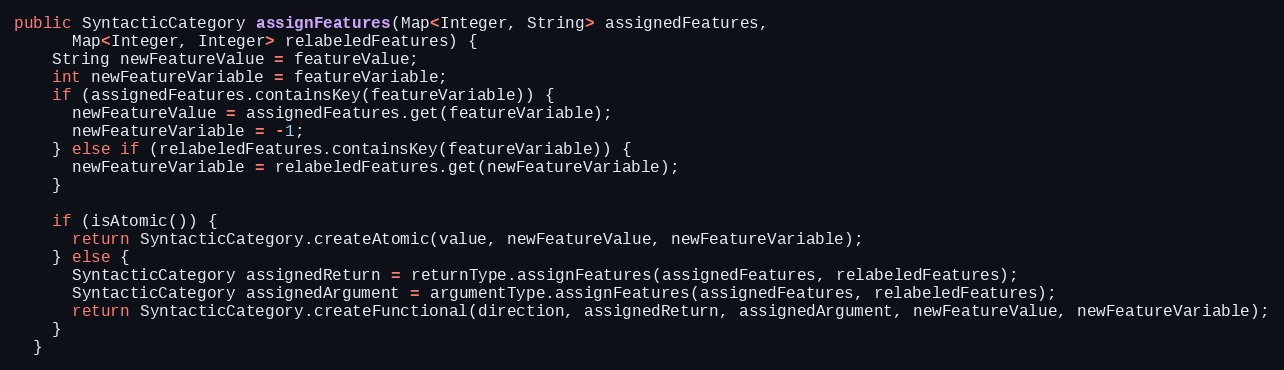
Language: Java
public SyntacticCategory assignFeatures(Map<Integer, String> assignedFeatures,
      Map<Integer, Integer> relabeledFeatures) {
    String newFeatureValue = featureValue;
    int newFeatureVariable = featureVariable;
    if (assignedFeatures.containsKey(featureVariable)) {
      newFeatureValue = assignedFeatures.get(featureVariable);
      newFeatureVariable = -1;
    } else if (relabeledFeatures.containsKey(featureVariable)) {
      newFeatureVariable = relabeledFeatures.get(newFeatureVariable);
    }

    if (isAtomic()) {
      return SyntacticCategory.createAtomic(value, newFeatureValue, newFeatureVariable);
    } else {
      SyntacticCategory assignedReturn = returnType.assignFeatures(assignedFeatures, relabeledFeatures);
      SyntacticCategory assignedArgument = argumentType.assignFeatures(assignedFeatures, relabeledFeatures);
      return SyntacticCategory.createFunctional(direction, assignedReturn, assignedArgument, newFeatureValue, newFeatureVariable);
    }
  }